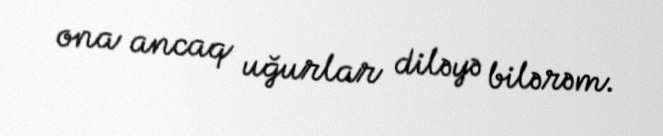
ona ancaq uğurlar diləyə bilərəm.